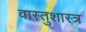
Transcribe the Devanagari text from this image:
वास्‍तुशास्‍त्र